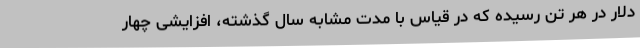
دلار در هر تن رسیده که در قیاس با مدت مشابه سال گذشته، افزایشی چهار